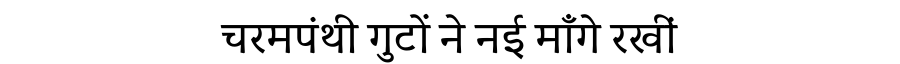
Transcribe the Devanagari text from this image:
चरमपंथी गुटों ने नई माँगे रखीं